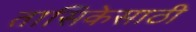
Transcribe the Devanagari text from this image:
तासिकेसाठी